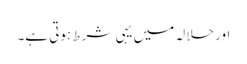
اور حلالہ میں یہی شرط ہوتی ہے۔